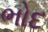
ભોદ